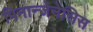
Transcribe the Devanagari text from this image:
पिनान्जेनेसिस